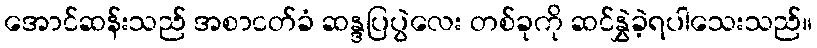
အောင်ဆန်းသည် အစာငတ်ခံ ဆန္ဒပြပွဲလေး တစ်ခုကို ဆင်နွှဲခဲ့ရပါသေးသည်။